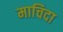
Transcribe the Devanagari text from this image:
माचिदा